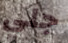
جلي